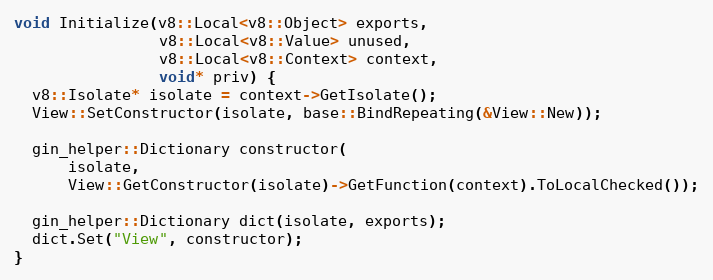
Language: C++
void Initialize(v8::Local<v8::Object> exports,
                v8::Local<v8::Value> unused,
                v8::Local<v8::Context> context,
                void* priv) {
  v8::Isolate* isolate = context->GetIsolate();
  View::SetConstructor(isolate, base::BindRepeating(&View::New));

  gin_helper::Dictionary constructor(
      isolate,
      View::GetConstructor(isolate)->GetFunction(context).ToLocalChecked());

  gin_helper::Dictionary dict(isolate, exports);
  dict.Set("View", constructor);
}